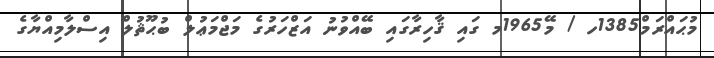
މުޙައްރަމް1385ހ / މޭ1965މ ގައި ޤާހިރާގައި ބޭއްވުނު އަޒްހަރުގެ މަޖްމަޢުލް ބުޙޫޘުލް އިސްލާމިއްޔާގެ